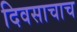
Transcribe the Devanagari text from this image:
दिवसाचाच